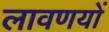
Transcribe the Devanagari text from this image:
लावणयों